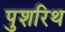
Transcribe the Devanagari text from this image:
पुशरिथ